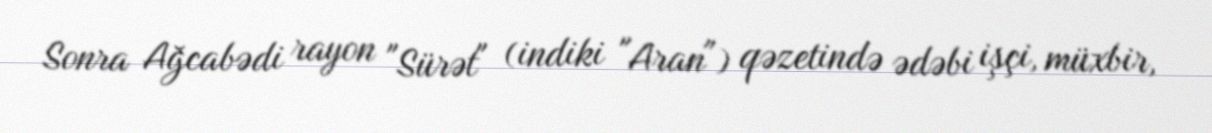
Sonra Ağcabədi rayon "Sürət" (indiki "Aran") qəzetində ədəbi işçi, müxbir,